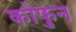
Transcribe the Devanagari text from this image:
कोफुन